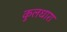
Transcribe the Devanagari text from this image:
कुलधारा